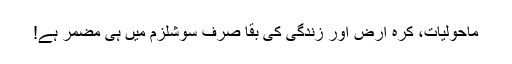
ماحولیات، کرہ ارض اور زندگی کی بقا صرف سوشلزم میں ہی مضمر ہے!